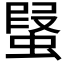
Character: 𧎂